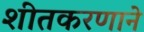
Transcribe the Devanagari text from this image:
शीतकरणाने